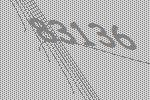
83136